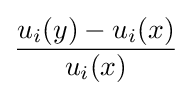
{\frac {u_{i}(y)-u_{i}(x)}{u_{i}(x)}}